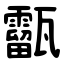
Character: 㽌